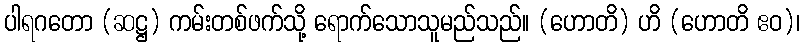
ပါရဂတော (ဆဋ္ဌ) ကမ်းတစ်ဖက်သို့ ရောက်သောသူမည်သည်။ (ဟောတိ) ဟိ (ဟောတိ ဧဝ)၊